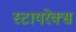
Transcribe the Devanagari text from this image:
स्टायरेक्स